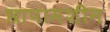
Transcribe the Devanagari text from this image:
छापामशीन